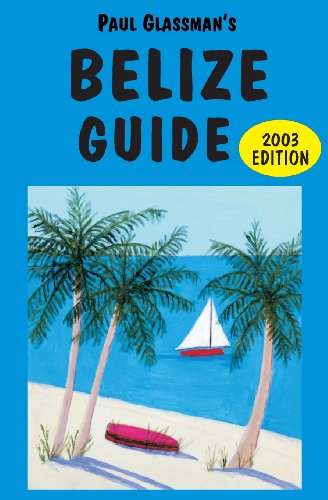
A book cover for Belize Guide: Be a Traveler, Not a Tourist!; Paul Glassman; Sports & Outdoors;